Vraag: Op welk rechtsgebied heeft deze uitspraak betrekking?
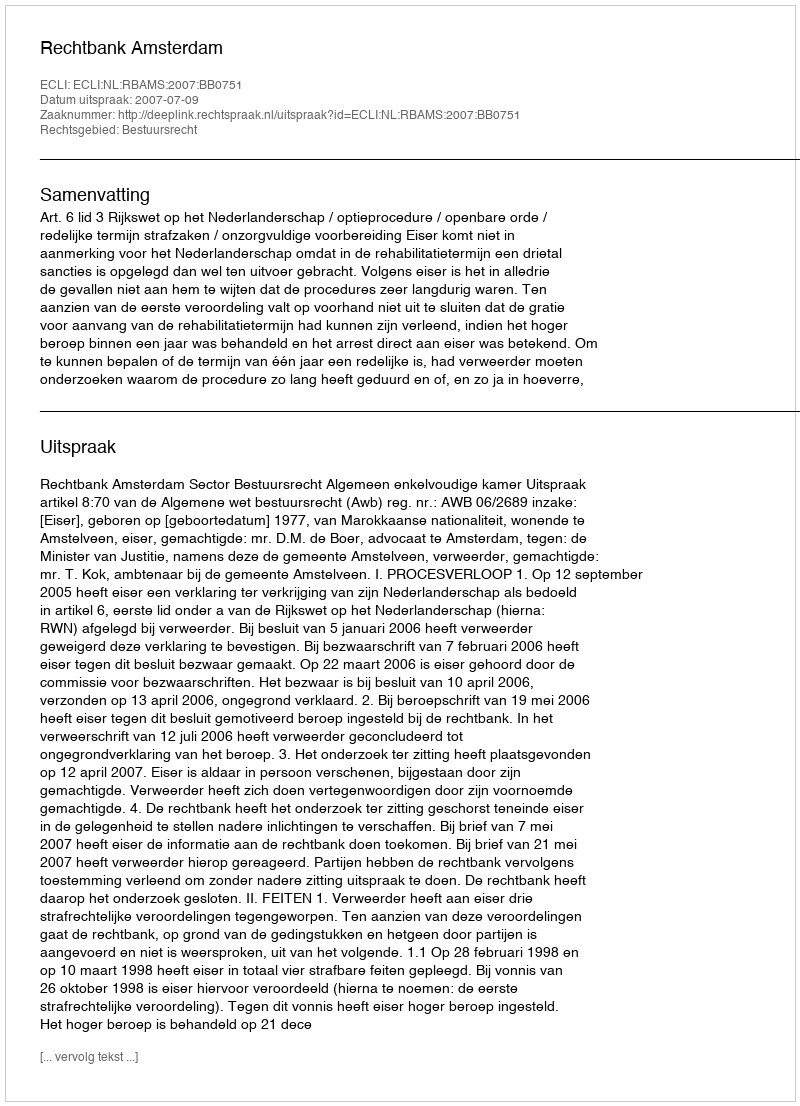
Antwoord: Bestuursrecht